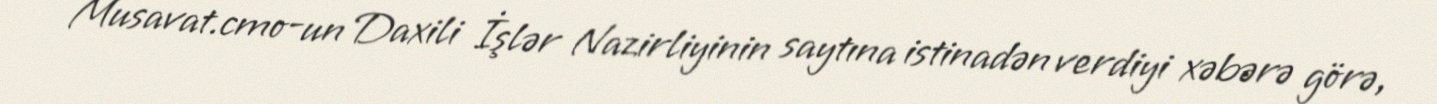
Musavat.cmo-un Daxili İşlər Nazirliyinin saytına istinadən verdiyi xəbərə görə,